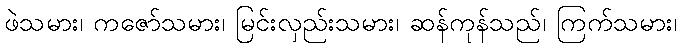
ဖဲသမား၊ ကဇော်သမား၊ မြင်းလှည်းသမား၊ ဆန်ကုန်သည်၊ ကြက်သမား၊